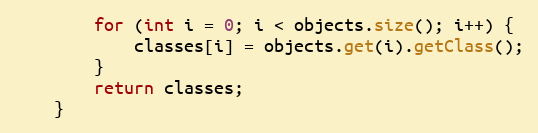
Language: Java
        for (int i = 0; i < objects.size(); i++) {
            classes[i] = objects.get(i).getClass();
        }
        return classes;
    }